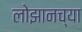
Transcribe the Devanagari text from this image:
लोझानच्या